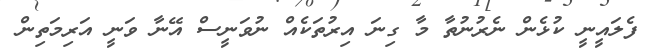
ފެލައީނީ ކުޅެންް ނެރުނުތާ މާ ގިނަ އިރުތަކެއް ނުވަނީސް އޭނާ ވަނީ އަރިމަތިން